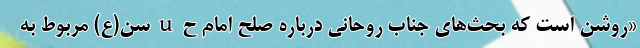
«روشن است که بحث‌های جناب روحانی درباره صلح امام حuسن(ع) مربوط به